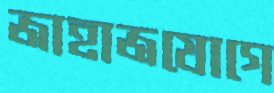
জাহাজযোগে